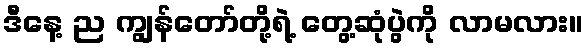
ဒီနေ့ ည ကျွန်တော်တို့ရဲ့ တွေ့ဆုံပွဲကို လာမလား။